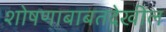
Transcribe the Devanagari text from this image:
शोषणाबाबतदेखील